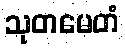
သုတမေတံ